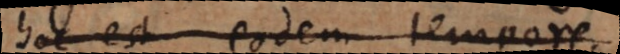
hoc est eodem tempore.